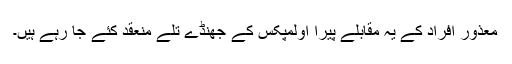
معذور افراد کے یہ مقابلے پیرا اولمپکس کے جھنڈے تلے منعقد کئے جا رہے ہیں۔